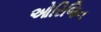
ઓરિજિન